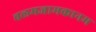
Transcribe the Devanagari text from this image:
वलमजामकानम